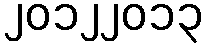
၂၀၁၂၂၀၁၃